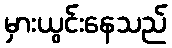
မှားယွင်းနေသည်